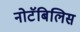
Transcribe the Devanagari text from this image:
नोटॅबिलिस